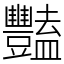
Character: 豔